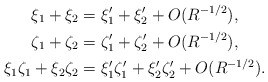
\begin{align*}\xi_1 + \xi_2 &= \xi_1' + \xi_2' + O(R^{-1/2}), \\\zeta_1 + \zeta_2 &= \zeta_1' + \zeta_2' + O(R^{-1/2}), \\\xi_1 \zeta_1 + \xi_2 \zeta_2 &= \xi_1' \zeta_1' + \xi_2' \zeta_2' + O(R^{-1/2}). \end{align*}